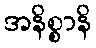
အနိစ္စာနိ